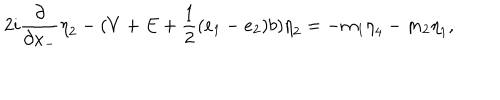
2 i \frac { \partial } { \partial x _ { - } } { \eta } _ { 2 } - ( V + E + \frac { 1 } { 2 } ( e _ { 1 } - e _ { 2 } ) b ) { \eta } _ { 2 } = - m _ { 1 } { \eta } _ { 4 } - m _ { 2 } { \eta } _ { 1 } ,